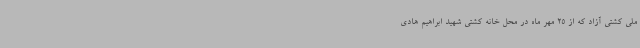
ملی کشتی آزاد که از 25 مهر ماه در محل خانه کشتی شهید ابراهیم هادی